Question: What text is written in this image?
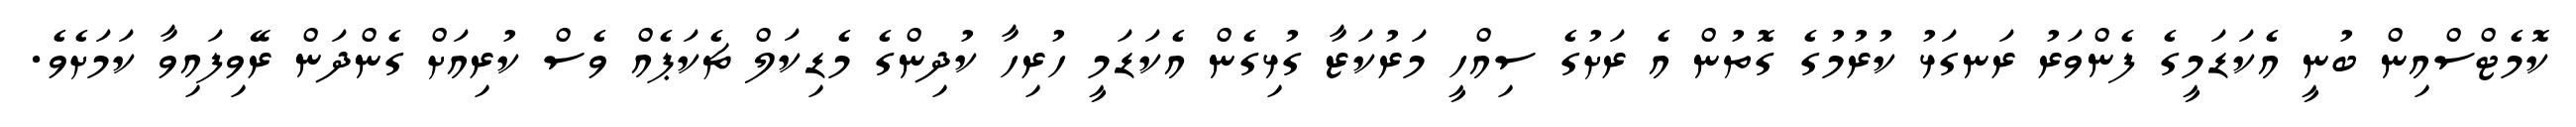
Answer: ކޮމެޓްސްއިން ބުނީ އެކަޑަމީގެ ފެންވަރު ރަނގަޅު ކުރުމުގެ ގޮތުން އެ ރަށުގެ ސިއްހީ މަރުކަޒާ ގުޅިގެން އެކަޑަމީ ހުރިހާ ކުދިންގެ މެޑިކަލް ޗެކަޕެއް ވެސް ކުރިއަށް ގެންދަން ރޭވިފައިވާ ކަމަށެވެ.